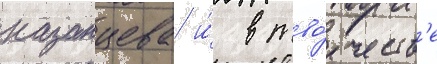
казанцева и́ в тво́рчеств'е